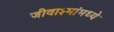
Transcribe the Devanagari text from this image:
जीवाश्मांमध्ये